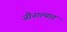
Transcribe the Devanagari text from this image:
जीनाल्यात